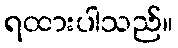
ရထားပါသည်။